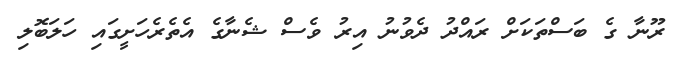
ރޫނާ ގެ ބަސްތަކަށް ރައްދު ދެވުނު އިރު ވެސް ޝެނާގެ އެތެރެހަށީގައި ހަލަބޮލި